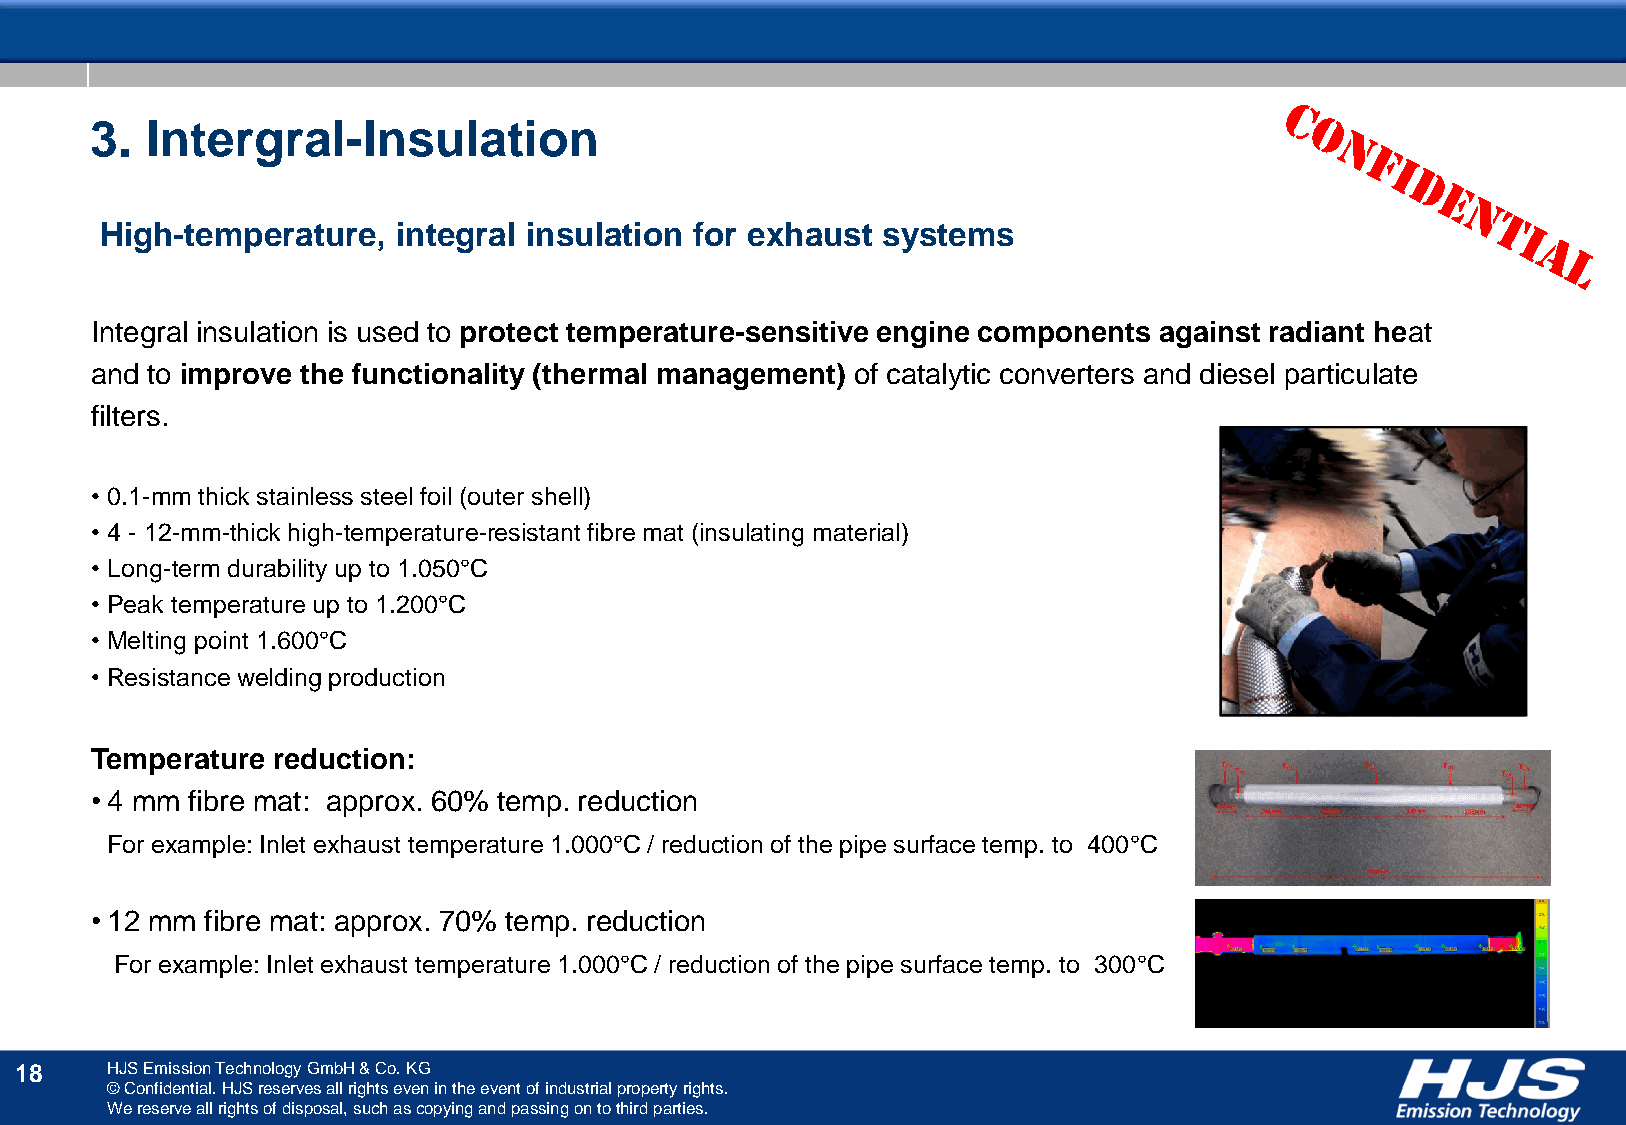
3.  Intergral-Insulation
 High-temperature,  integral insulation for exhaust systems
 Integral insulation is used to protect temperature-sensitive engine components against radiant heat
 and to improve the functionality (thermal management) of catalytic converters and diesel particulate
 filters.
 • 0.1-mm thick stainless steel foil (outer shell)
 • 4 - 12-mm-thick high-temperature-resistant fibre mat (insulating material)
 • Long-term durability up to 1.050°C
 • Peak temperature up to 1.200°C
 • Melting point 1.600°C
 • Resistance welding production
 Temperature reduction:
 • 4 mm fibre mat: approx. 60% temp. reduction
 For example: Inlet exhaust temperature 1.000°C / reduction of the pipe surface temp. to 400°C
 • 12 mm fibre mat: approx. 70% temp. reduction
 For example: Inlet exhaust temperature 1.000°C / reduction of the pipe surface temp. to 300°C
 18    HJS Emission Technology GmbH & Co. KG
 © Confidential. HJS reserves all rights even in the event of industrial property rights.
 We reserve all rights of disposal, such as copying and passing on to third parties.